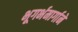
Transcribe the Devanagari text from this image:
भूगर्भमार्गाने